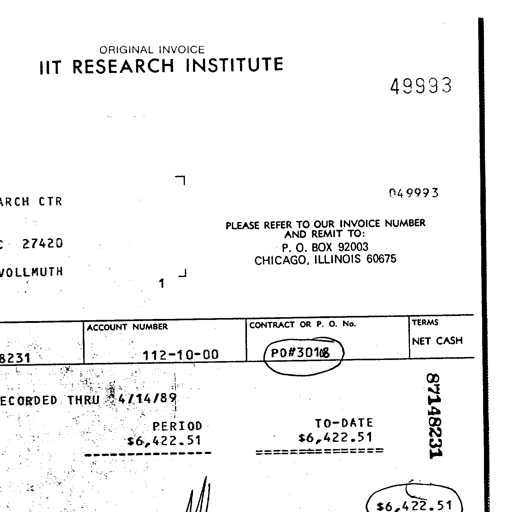
ORIGINAL INVOICE
IIT RESEARCH INSTITUTE
49993
049993
ARCH CTR
PLEASE REFER TO OUR INVOICE NUMBER
AND REMIT TO:
P. O. BOX 92003
CHICAGO, ILLINOIS 60675
C 27420
VOLLMUTH
1
ACCOUNT NUMBER CONTRACT OR P. O. No. TERMS
8231 112-10-00 PO#30108 NET CASH
RECORDED THRU 4/14/89
PERIOD TO-DATE 87148231
$6,422.51 $6,422.51
$6,422.51